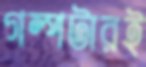
গল্পটারই